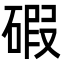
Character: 碬